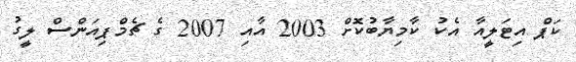
ކަޕް އިޓަލީއާ އެކު ކާމިޔާބުކޮށް 2003 އާއި 2007 ގެ ޗެމްޕިއަންސް ލީގު